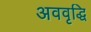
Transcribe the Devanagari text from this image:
अववृद्धि